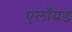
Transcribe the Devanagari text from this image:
एलॉयड